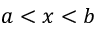
a < x < b